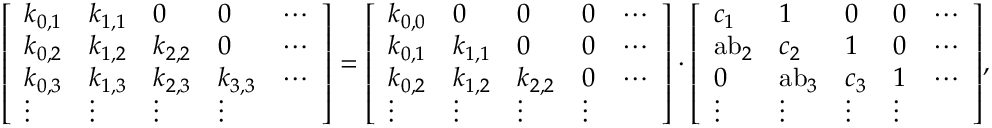
{ \left[ \begin{array} { l l l l l } { k _ { 0 , 1 } } & { k _ { 1 , 1 } } & { 0 } & { 0 } & { \cdots } \\ { k _ { 0 , 2 } } & { k _ { 1 , 2 } } & { k _ { 2 , 2 } } & { 0 } & { \cdots } \\ { k _ { 0 , 3 } } & { k _ { 1 , 3 } } & { k _ { 2 , 3 } } & { k _ { 3 , 3 } } & { \cdots } \\ { \vdots } & { \vdots } & { \vdots } & { \vdots } \end{array} \right] } = { \left[ \begin{array} { l l l l l } { k _ { 0 , 0 } } & { 0 } & { 0 } & { 0 } & { \cdots } \\ { k _ { 0 , 1 } } & { k _ { 1 , 1 } } & { 0 } & { 0 } & { \cdots } \\ { k _ { 0 , 2 } } & { k _ { 1 , 2 } } & { k _ { 2 , 2 } } & { 0 } & { \cdots } \\ { \vdots } & { \vdots } & { \vdots } & { \vdots } \end{array} \right] } \cdot { \left[ \begin{array} { l l l l l } { c _ { 1 } } & { 1 } & { 0 } & { 0 } & { \cdots } \\ { { \mathrm { a b } } _ { 2 } } & { c _ { 2 } } & { 1 } & { 0 } & { \cdots } \\ { 0 } & { { \mathrm { a b } } _ { 3 } } & { c _ { 3 } } & { 1 } & { \cdots } \\ { \vdots } & { \vdots } & { \vdots } & { \vdots } \end{array} \right] } ,